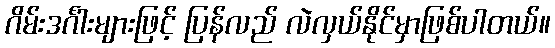
ဂိမ်းဒင်္ဂါးများဖြင့် ပြန်လည် လဲလှယ်နိုင်မှာဖြစ်ပါတယ်။